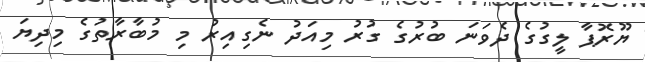
ޔޫރޮޕާ ލީގުގެ ދެވަނަ ބުރުގެ ގުރު މިއަދު ނެގިއިރު މި މުބާރާތުގެ މިދިޔަ